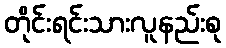
တိုင်းရင်းသားလူနည်းစု